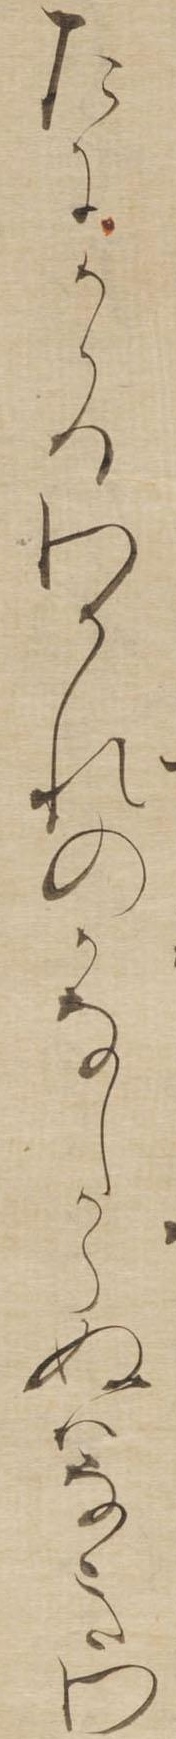
たにかゝるわかれのかなしからぬはなきわ